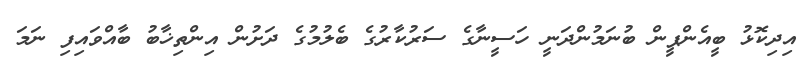
އިދިކޮޅު ބީއެންޕީން ބުނަމުންދަނީ ހަސީނާގެ ސަރުކާރުގެ ބެލުމުގެ ދަށުން އިންތިޚާބު ބާއްވައިފި ނަމަ